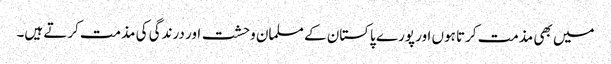
میں بھی مذمت کرتا ہوں اور پورے پاکستان کے مسلمان وحشت اور درندگی کی مذمت کرتے ہیں۔